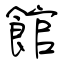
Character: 館